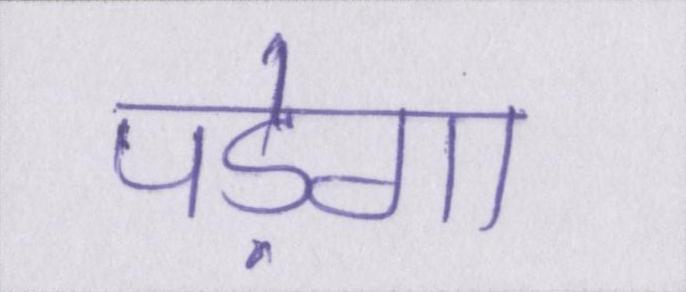
पड़ेगा